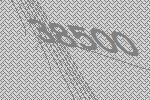
38500